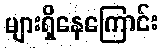
များရှိနေကြောင်း